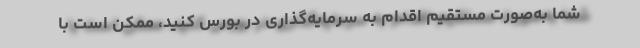
شما به‌صورت مستقیم اقدام به سرمایه‌گذاری در بورس کنید، ممکن است با